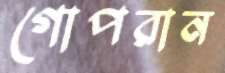
গোপরান